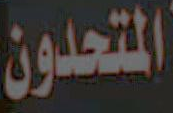
المتحدون